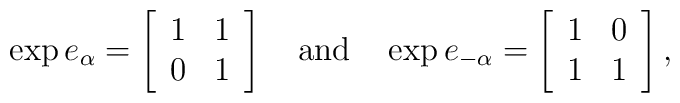
\exp e_\alpha = \left[\begin{array}{cc}1&1\\0&1\end{array}\right]~~~\mbox{and}~~~\exp e_{-\alpha} = \left[\begin{array}{cc}1&0\\1&1\end{array}\right],